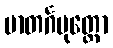
မာတင်္ဂပုတ္တော